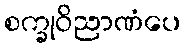
စက္ခုဝိညာဏံပေ